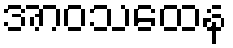
အာဝသထေန